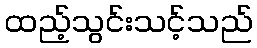
ထည့်သွင်းသင့်သည်